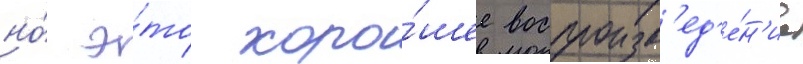
но́ э́то хоро́шее воспроизв'ед'е́н'ие